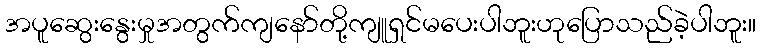
အပူဆွေးနွေးမှုအတွက်ကျနော်တို့ကျူရှင်မပေးပါဘူးဟုပြောသည်ခဲ့ပါဘူး။